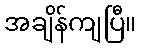
အချိန်ကျပြီ။